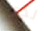
لدي